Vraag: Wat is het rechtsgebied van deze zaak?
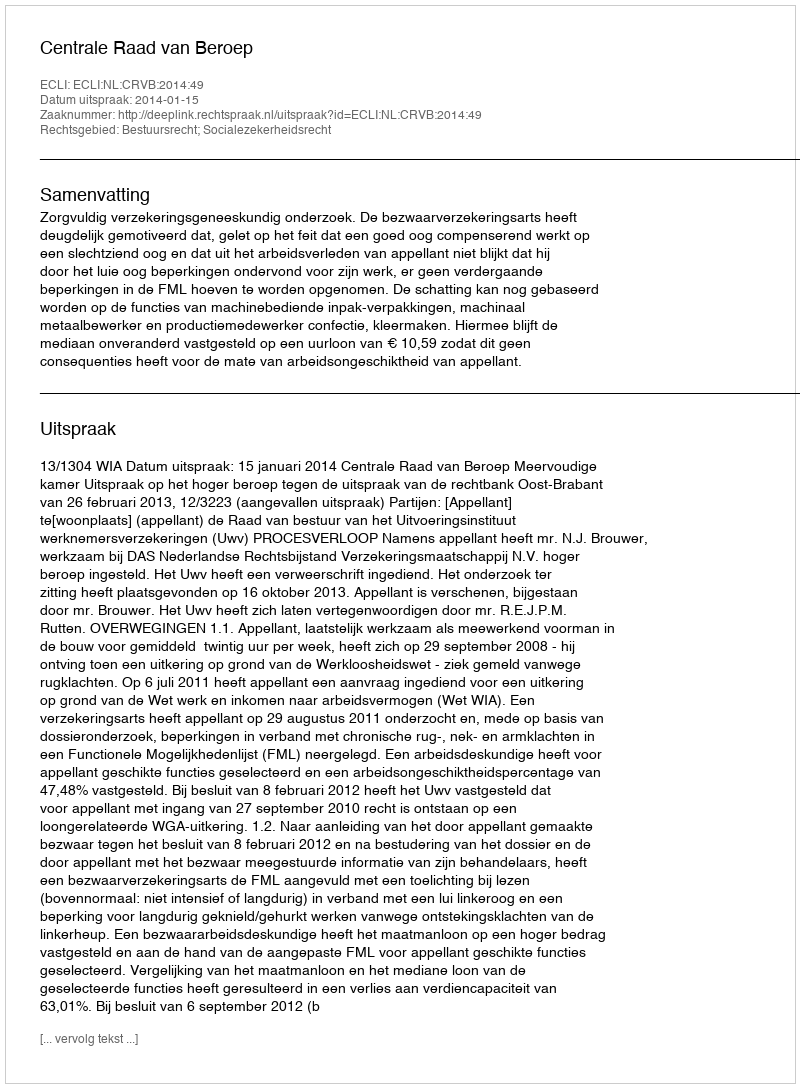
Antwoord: Bestuursrecht; Socialezekerheidsrecht